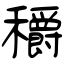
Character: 穱